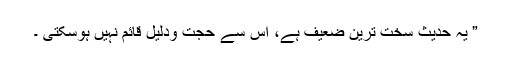
” یہ حدیث سخت ترین ضعیف ہے، اس سے حجت ودلیل قائم نہیں ہوسکتی ۔